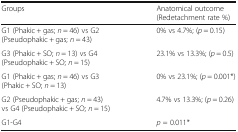
<table><thead><tr><td><b>Groups</b></td><td><b>Anatomical outcome (Redetachment rate %)</b></td></tr></thead><tbody><tr><td>G1 (Phakic + gas; <i>n</i> = 46) vs G2 (Pseudophakic + gas; <i>n</i> = 43)</td><td>0% vs 4.7%; (<i>p</i> = 0.15)</td></tr><tr><td>G3 (Phakic + SO; <i>n</i> = 13) vs G4 (Pseudophakic + SO; <i>n</i> = 15)</td><td>23.1% vs 13.3%; (<i>p</i> = 0.5)</td></tr><tr><td>G1 (Phakic + gas; <i>n</i> = 46) vs G3 (Phakic + SO; <i>n</i> = 13)</td><td>0% vs 23.1%; ﻿(<i>p</i> = 0.001*)</td></tr><tr><td>G2 (Pseudophakic + gas; <i>n</i> = 43) vs G4 (Pseudophakic + SO; <i>n</i> = 15)</td><td>4.7% vs 13.3%; (<i>p</i> = 0.26)</td></tr><tr><td>G1-G4</td><td><i>p</i> = 0.011*</td></tr></tbody></table>